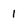
Character: 1